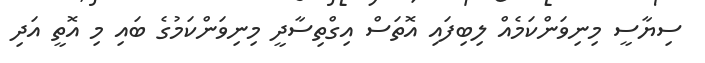
ސިޔާސީ މިނިވަންކަމެއް ލިބިފައި އޮތަސް އިގްތިސާދީ މިނިވަންކަމުގެ ބައި މި އޮތީ އަދި